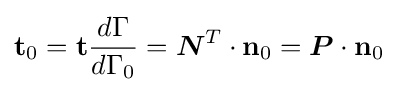
\mathbf {t} _{0}=\mathbf {t} {\dfrac {d{\Gamma }}{d\Gamma _{0}}}={\boldsymbol {N}}^{T}\cdot \mathbf {n} _{0}={\boldsymbol {P}}\cdot \mathbf {n} _{0}